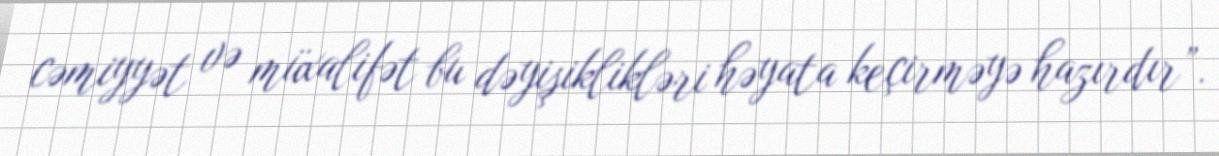
cəmiyyət və müxalifət bu dəyişiklikləri həyata keçirməyə hazırdır”.